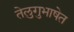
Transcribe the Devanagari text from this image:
तेलुगुभाषेत